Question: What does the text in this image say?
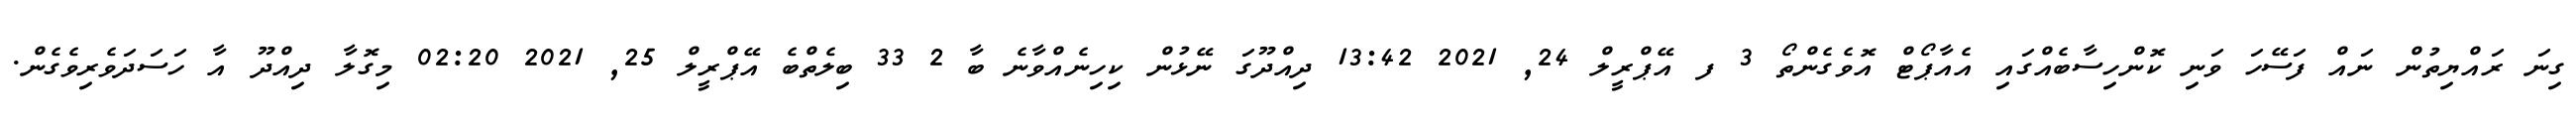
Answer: ގިނަ ރައްޔިތުން ނައް ފަސޭހަ ވަނި ކޮންހިސާބެއްގައި އެއާޕޯޓް އޮވެގެންތޯ 3 ފ އޭޕްރީލް 24, 2021 13:42 ދިއްދޫގަ ނޭޅުން ކިހިނެއްވާނެ ބާ 2 33 ބިލެތްބެ އޭޕްރީލް 25, 2021 02:20 މިގޮލާ ދިއްދޫ އާ ހަސަދަވެރިވެގެން.